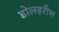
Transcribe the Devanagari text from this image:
डोलहरीण